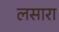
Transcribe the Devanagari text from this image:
लसारा